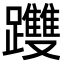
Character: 𨇯